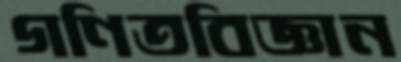
গণিতবিজ্ঞান